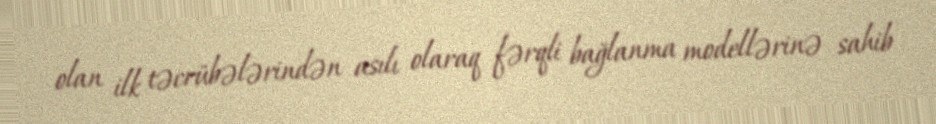
olan ilk təcrübələrindən asılı olaraq fərqli bağlanma modellərinə sahib